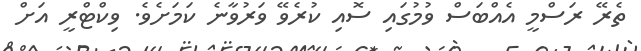
ތެރޭ ރަސްމީ އެއްބަސް ވުމުގައި ސޮއި ކުރެވޭ ވަރުވާނެ ކަމަށެވެ. ވިކްޓްރީ އަށް